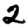
Digit: 2